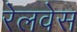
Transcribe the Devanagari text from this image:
रेलवेस